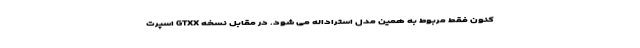
کنون فقط مربوط به همین مدل استراداله می شود. در مقابل نسخه GTXX اسپرت